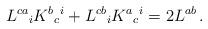
LaTeX: \begin{align*}L^{ca}{}_i K^{b}{}_{c}{}^i + L^{cb}{}_i K^{a}{}_{c}{}^i = 2 L^{ab}\,.\end{align*}